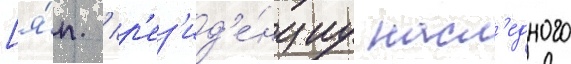
[я́п. / р'ез'ид'е́нциу насл'едного